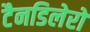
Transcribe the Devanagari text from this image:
टैनडिलेरो